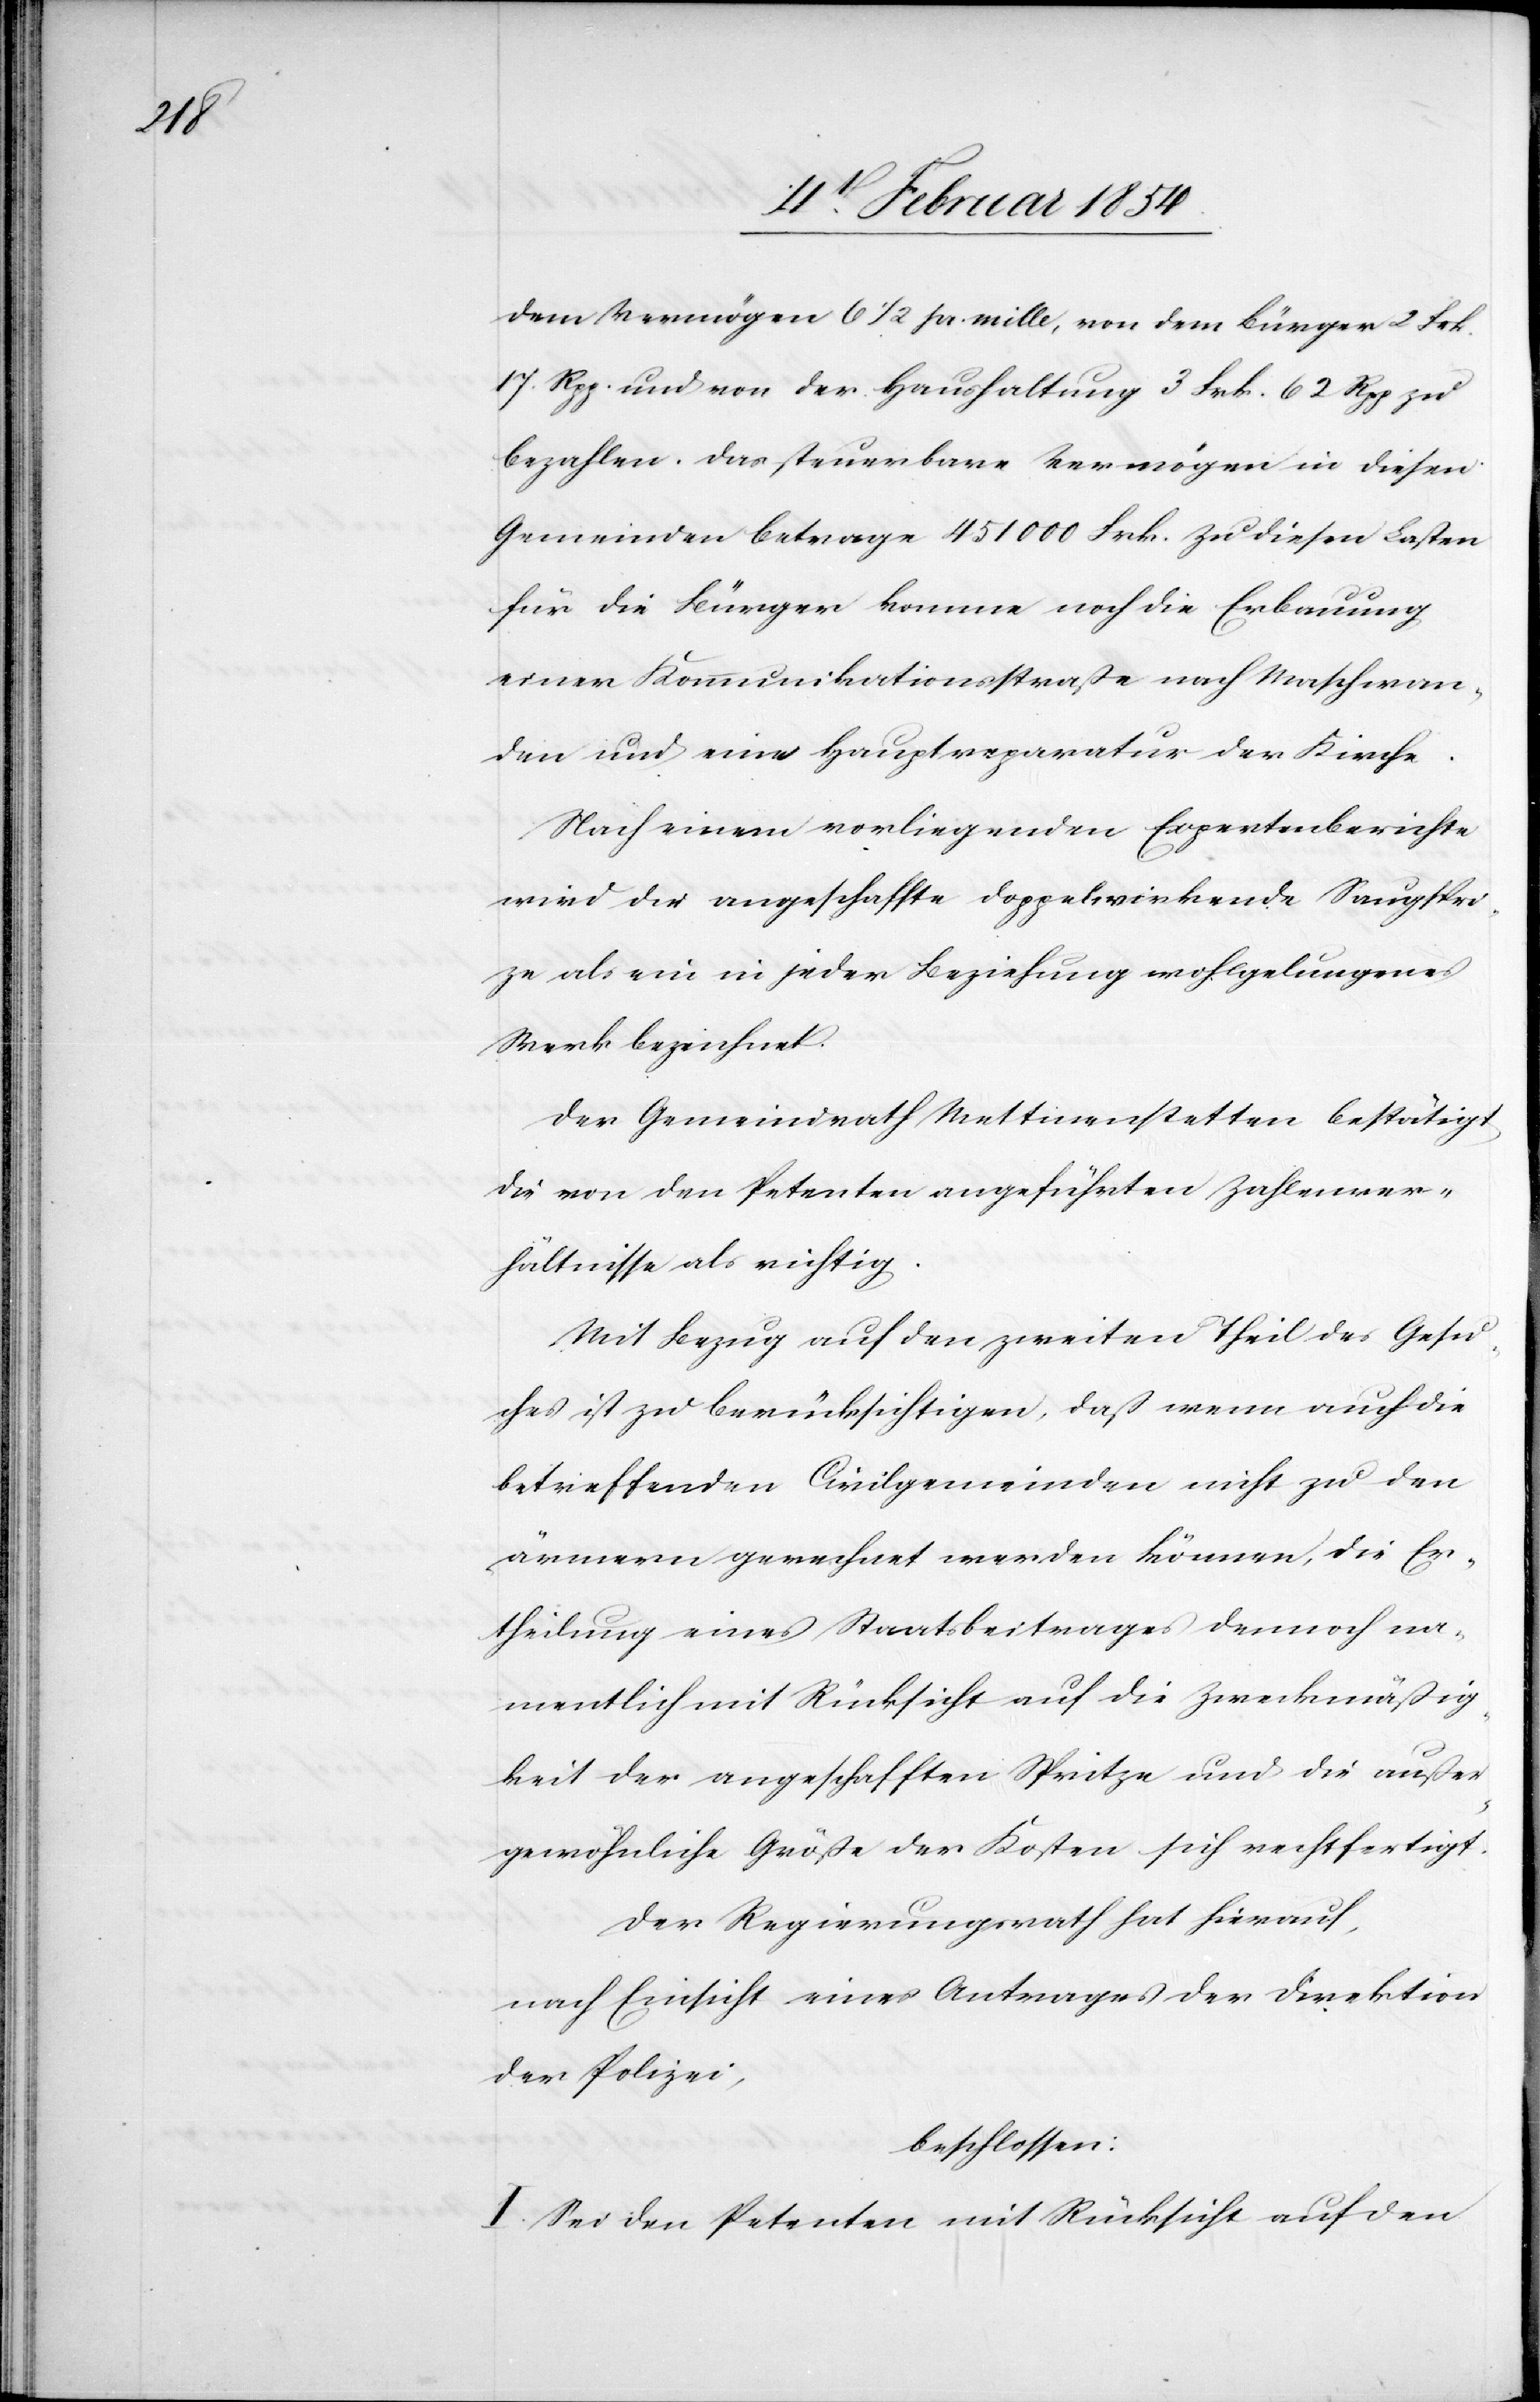
dem Vermögen 6 ½ pr. mille, von dem Bürger 2 Frk.
17. Rpp. und von der Haushaltung 3 Frk. 62 Rpp zu
bezahlen. Das steuerbare Vermögen in diesen
Gemeinden betrage 451 000 Frk. zu diesen Lasten
für die Bürger komme noch die Erbauung
einer Kommunikationsstraße nach Maschwan¬
den und eine Hauptreparatur der Kirche.
Nach einem vorliegenden Expertenberichte
wird die angeschaffte doppelwirkende Saugsprit¬
ze als ein in jeder Beziehung wohlgelungenes
Werk bezeichnet.
Der Gemeindrath Mettmenstetten bestätigt,
die von den Petenten angeführten Zahlenver¬
hältnisse als richtig.
Mit Bezug auf den zweiten Theil des Gesu¬
ches ist zu berücksichtigen, daß wenn auch die
betreffenden Civilgemeinden nicht zu den
ärmern gerechnet werden können, die Er¬
theilung eines Staatsbeitrages demnach na¬
mentlich mit Rücksicht auf die Zweckmäßig¬
keit der angeschafften Spritze und die außer¬
gewöhnliche Größe der Kosten sich rechtfertigt.
Der Regierungsrath hat hierauf,
nach Einsicht eines Antrages der Direktion
der Polizei,
beschlossen:
I. Sei den Petenten mit Rücksicht auf den